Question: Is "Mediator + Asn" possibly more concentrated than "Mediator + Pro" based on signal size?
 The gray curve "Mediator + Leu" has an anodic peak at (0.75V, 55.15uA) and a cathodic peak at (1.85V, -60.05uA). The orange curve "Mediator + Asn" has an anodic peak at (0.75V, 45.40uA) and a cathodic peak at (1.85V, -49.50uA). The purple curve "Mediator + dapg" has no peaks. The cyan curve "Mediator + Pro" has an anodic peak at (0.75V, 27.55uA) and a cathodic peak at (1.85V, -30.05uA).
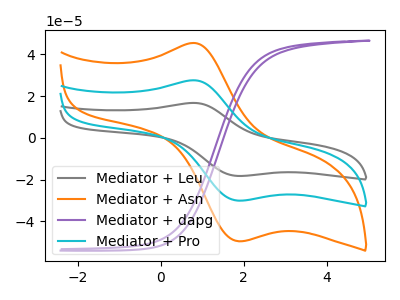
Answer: <think>All the peaks in "Mediator + Asn" have a peak in "Mediator + Pro" at the same potential. Every peak in "Mediator + Asn" is higher than every peak in "Mediator + Pro".
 </think>
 <answer>"Mediator + Asn" has more signal than "Mediator + Pro".</answer>
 <eval>more_signal</eval>